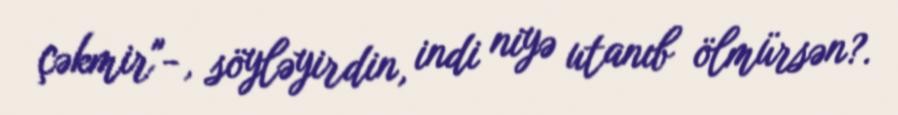
çəkmir"-, söyləyirdin, indi niyə utanıb ölmürsən?.